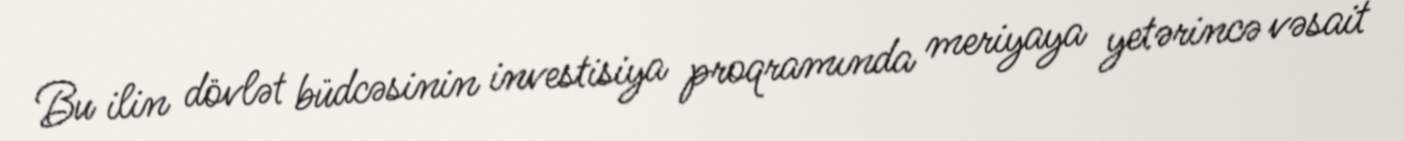
Bu ilin dövlət büdcəsinin investisiya proqramında meriyaya yetərincə vəsait